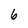
Character: 6